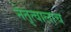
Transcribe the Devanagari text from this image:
नेतृत्वालाच